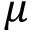
\mu